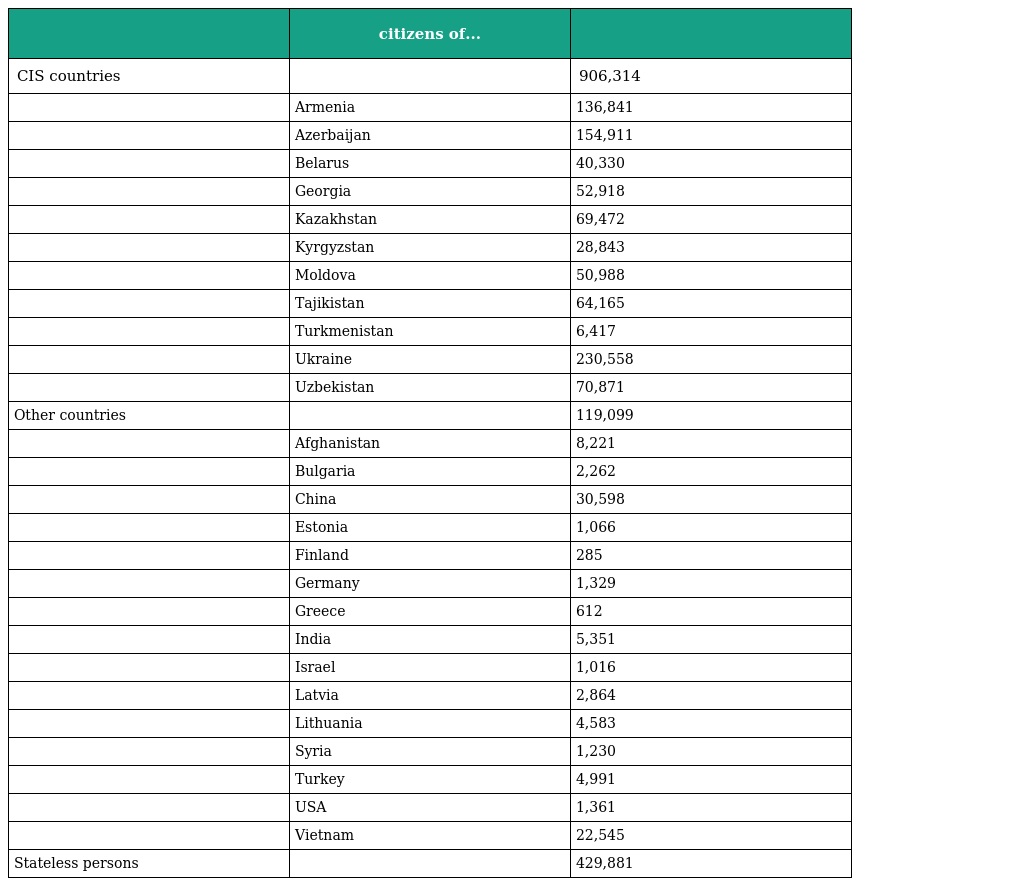
|  | citizens of... |  |
 | --- | --- | --- |
 | CIS countries |  | 906,314 |
 |  | Armenia | 136,841 |
 |  | Azerbaijan | 154,911 |
 |  | Belarus | 40,330 |
 |  | Georgia | 52,918 |
 |  | Kazakhstan | 69,472 |
 |  | Kyrgyzstan | 28,843 |
 |  | Moldova | 50,988 |
 |  | Tajikistan | 64,165 |
 |  | Turkmenistan | 6,417 |
 |  | Ukraine | 230,558 |
 |  | Uzbekistan | 70,871 |
 | Other countries |  | 119,099 |
 |  | Afghanistan | 8,221 |
 |  | Bulgaria | 2,262 |
 |  | China | 30,598 |
 |  | Estonia | 1,066 |
 |  | Finland | 285 |
 |  | Germany | 1,329 |
 |  | Greece | 612 |
 |  | India | 5,351 |
 |  | Israel | 1,016 |
 |  | Latvia | 2,864 |
 |  | Lithuania | 4,583 |
 |  | Syria | 1,230 |
 |  | Turkey | 4,991 |
 |  | USA | 1,361 |
 |  | Vietnam | 22,545 |
 | Stateless persons |  | 429,881 |